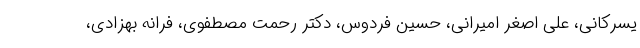
یسرکانی، علی اصغر امیرانی، حسین فردوس، دکتر رحمت مصطفوی، فرانه بهزادی،